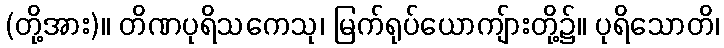
(တို့အား)။ တိဏပုရိသကေသု၊ မြက်ရုပ်ယောကျ်ားတို့၌။ ပုရိသောတိ၊